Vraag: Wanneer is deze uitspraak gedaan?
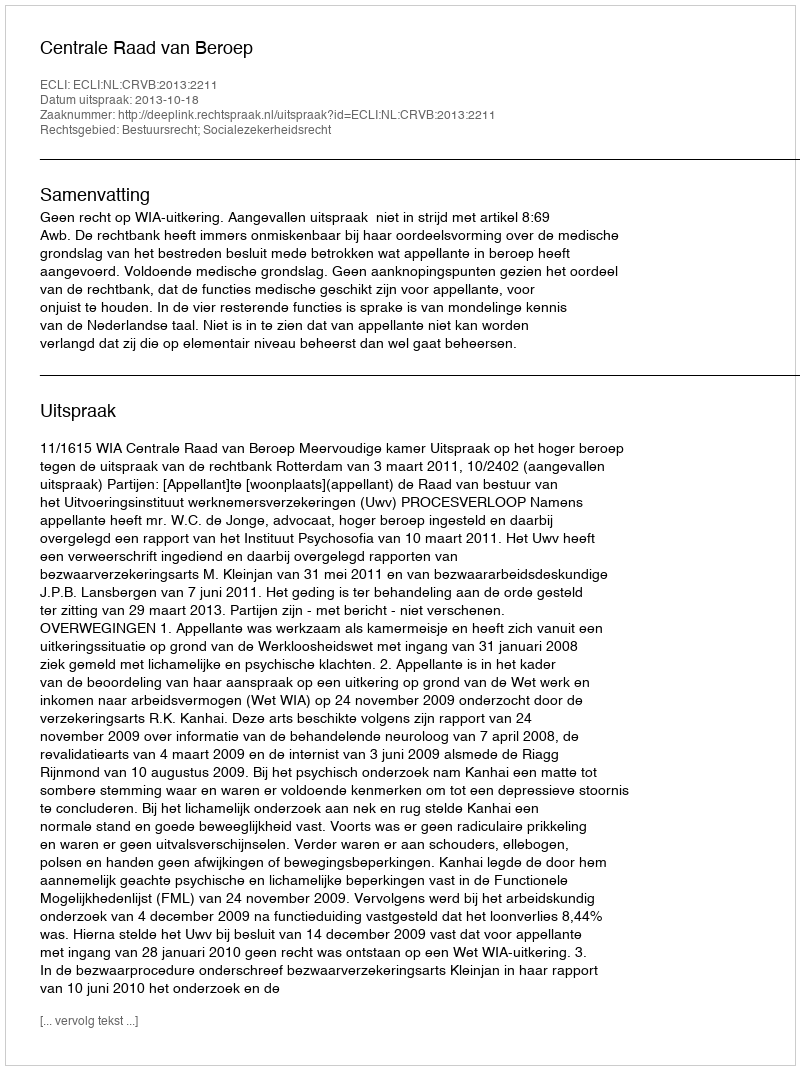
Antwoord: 2013-10-18